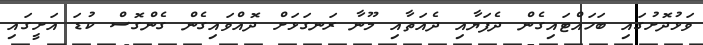
ވަޅުދޮށުގައި ބަހައްޓައިގެން ދެފަޔާއި ދެއަތާއި މޫނާ ރަނގަޅަށް ދޮއްވައިގެން ގެންގޮސް ކުޑަ އަށީގައި